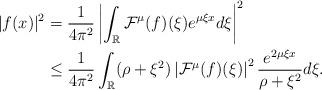
LaTeX: \begin{align*}|f(x)|^2 &= \frac{1}{4\pi^2}\left| \int_{\mathbb{R}}\mathcal{F}^\mu(f)(\xi)e^{\mu \xi x} d\xi \right|^2 \\&\leq \frac{1}{4\pi^2} \int_{\mathbb{R}}(\rho + \xi^2) \left|\mathcal{F}^\mu(f)(\xi)\right|^2\frac{e^{2\mu \xi x}}{\rho + \xi^2} d\xi .\end{align*}